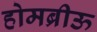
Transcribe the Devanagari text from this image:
होमब्रीऊ